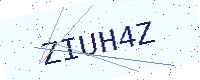
Text: ZIUH4Z